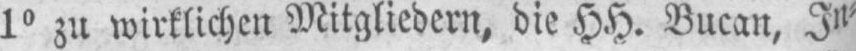
1° zu wirklichen Mitgliedern, die HH. Bucan, In⸗